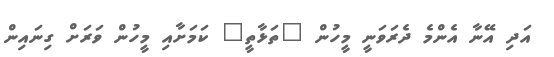
އަދި އޭނާ އެންމެ ދެރަވަނީ މީހުން "ތަޅާތީ" ކަމަށާއި މީހުން ވަރަށް ގިނައިން